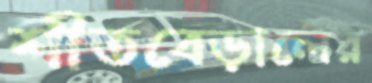
শীতবেড়ালের